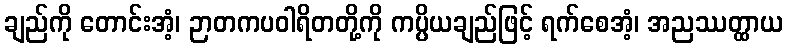
ချည်ကို တောင်းအံ့၊ ဉာတကပဝါရိတတို့ကို ကပ္ပိယချည်ဖြင့် ရက်စေအံ့၊ အညဿတ္ထာယ